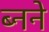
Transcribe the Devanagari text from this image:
ब्नने